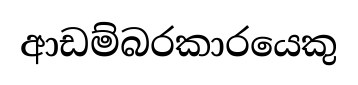
ආඩම්බරකාරයෙකු